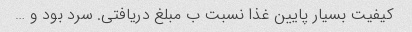
کیفیت بسیار پایین غذا نسبت ب مبلغ دریافتی. سرد بود و …